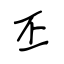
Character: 丕